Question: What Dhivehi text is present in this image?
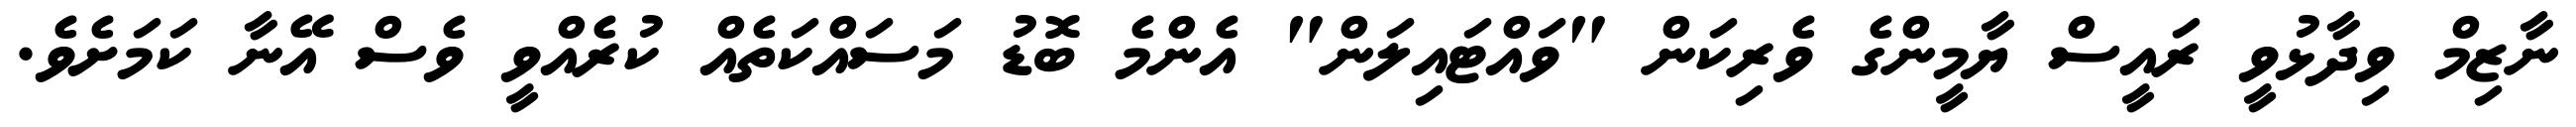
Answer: ނާޒިމް ވިދާޅުވީ ރައީސް ޔާމީންގެ ވެރިކަން "ވައްޓައިލަން" އެންމެ ބޮޑު މަސައްކަތެއް ކުރެއްވީ ވެސް އޭނާ ކަމަށެވެ.